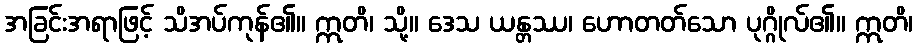
အခြင်းအရာဖြင့် သိအပ်ကုန်၏။ ဣတိ၊ သို့။ ဒေသ ယန္တဿ၊ ဟောတတ်သော ပုဂ္ဂိုလ်၏။ ဣတိ၊